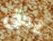
يحق